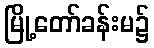
မြို့တော်ခန်းမ၌